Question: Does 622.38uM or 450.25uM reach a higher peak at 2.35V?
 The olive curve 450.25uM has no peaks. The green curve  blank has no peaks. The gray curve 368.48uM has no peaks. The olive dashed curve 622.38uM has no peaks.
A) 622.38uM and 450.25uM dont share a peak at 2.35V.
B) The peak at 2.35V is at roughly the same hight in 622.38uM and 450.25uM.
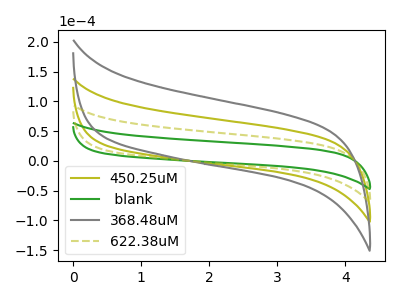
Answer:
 <answer>A) "622.38uM" and "450.25uM" dont share a peak at 2.35V.</answer>
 <eval>A</eval>